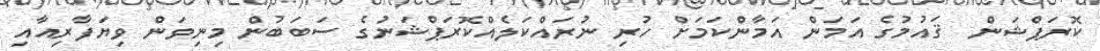
ކޮރަޕްޝަން  ޤައުމުގެ އަމަން އަމާންކަމަށް ހުރި ނުރައްކަލެއްކޮރަޕްޝަނުގެ ސަބަބުން މިނިވަން ވިޔަފާރިއާއި